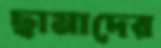
ছামাদের